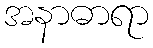
အနာဓာရာ